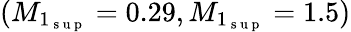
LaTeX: (M_{1_{\mathrm{~s~u~p~}}}=0.29,M_{1_{\mathrm{~s~u~p~}}}=1.5)